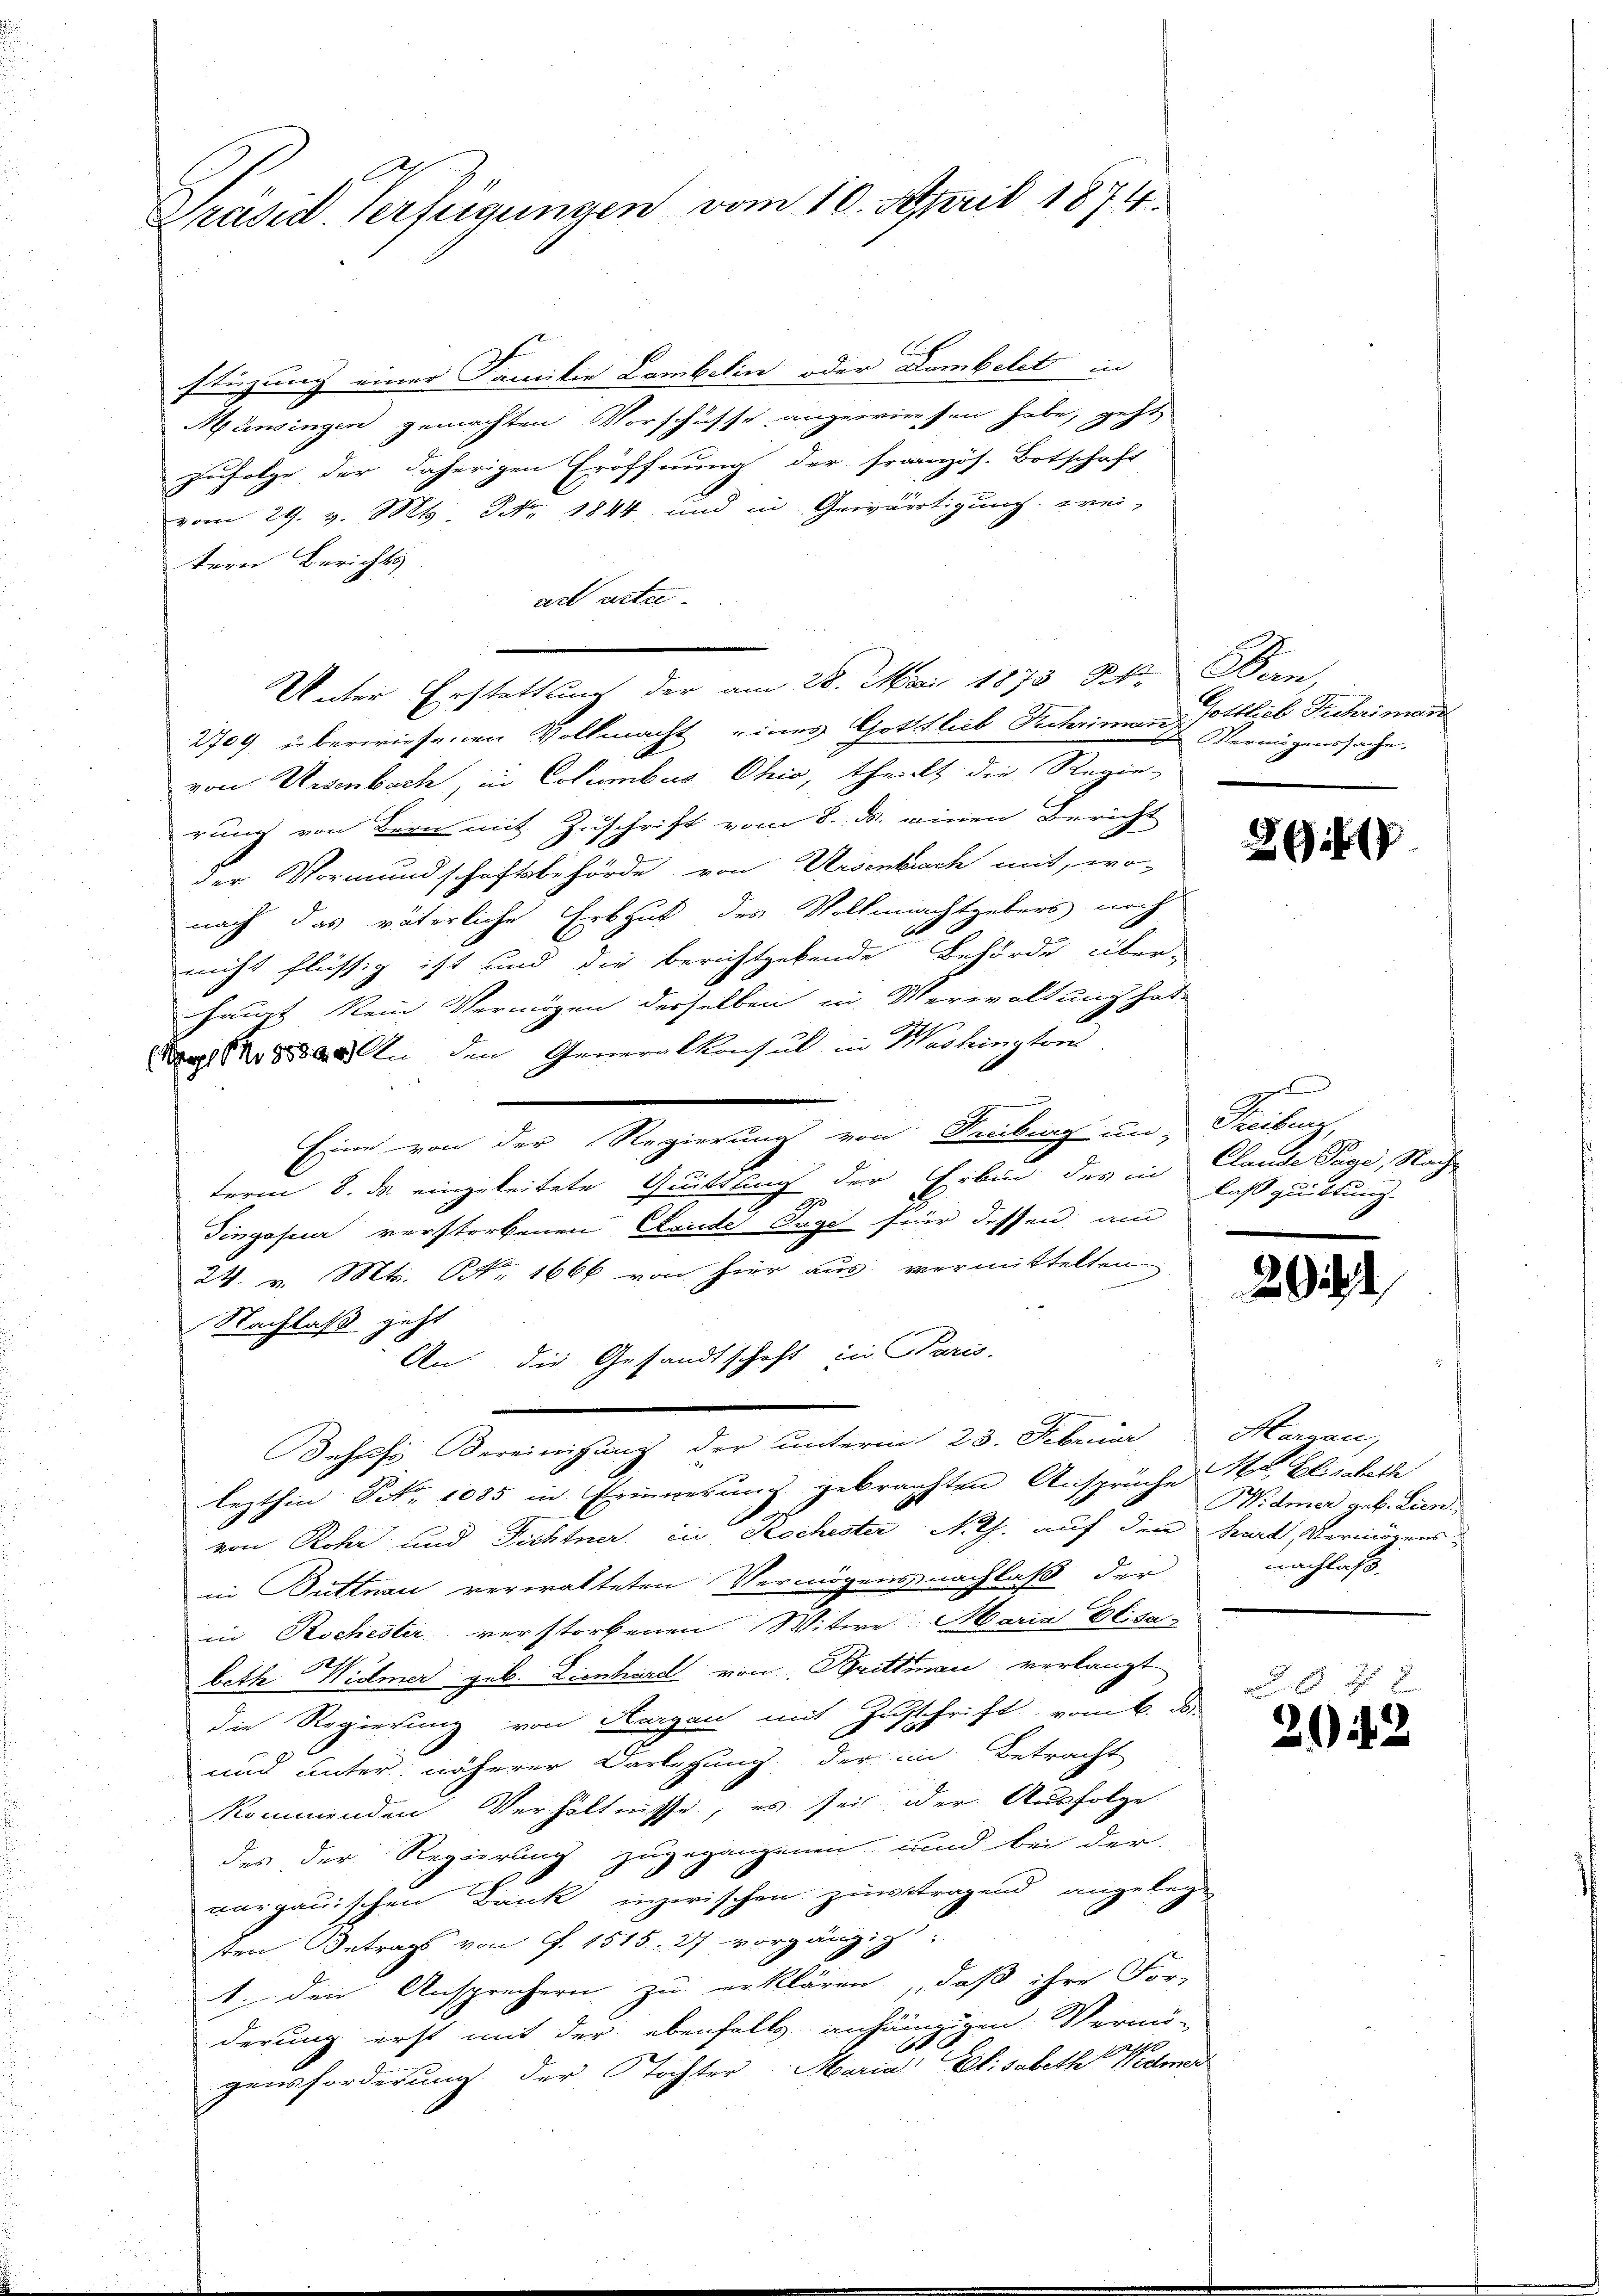
Präsid. Verfügungen vom 10. April 1874.

stüzung einer Familie Combelin oder Dombetet in
Münsingen gemachten Vorschüsse angewiesen habe, geht
zufolge der daherigen Eröffnung der französ. Botschaft
vom 29. v. M. M. 1844 und in Gewärtigung, wei-
tern Berichts
art urtei¬
Unter Erstattung der am 28. Mai 1873 St. Ban
2709 überwiesenen Vollmacht eines Gottlieb Scheinanz
von Uesenbach, in Columbus Ohio, theilt die Regie-
rung von Bern mit Zuschrift vom 8. ds. einen Bericht
der Vormundschaftsbehörde von Ursenkrach mit, wo-
nach das väterliche Erbgut des Vollmachtgebers noch
nicht flüssig ist und die berichtgebende Behörde über-
haupt kein Vermögen derselben in Verwaltung hat
Das No 8. An den Generalkonsul in Washington
s
Eine von der Regierung von Rauberg an, Freiburg,
term 8. ds. eingeleitete Quittung der Erbin des in Claude Tage, Nach-
9
Tingosua verstorbenen Claude Tage für dessen am
24. Mts. NNo. 1666 von hier aus vermittelten
Nachlaß geht
An die Gesandtschaft in Paris.
Josef Bereinigung der unterm 23. Februar Margau,
lezthin Frk. 1085 in Erinnerung gebrachten Ansprüche Mt Elisabethe
von Rohr und Dichtner in Kochester Noth. auf den Kart, Vermögensin Büttnau verwalteten Vermögensnachlaß der
in Rochester verstorbenen Witwe Maria Elisa-
h
beth Widmer geb. Lienhard von Brittman verlangt
die Regierung von Aargau mit Zuschrift vom 6. d.
und unter näherer Darlegung der im Betracht
kommenden Verhältnisse, es sei oder Ausfolge
des der Regierung zugegangenen und bei der
aargauischen Dank inzwischen zinsttragend angeleg
sten Betrag von P. 1515. 27 vorgängig:
1. den Ansprechern zu erklären, daß ihre For-
derung erst mit der ebenfalls anhängigen Vermö-
gensforderung der Tochter Maria Elisabeth Widmer

Gottlieb Paehrimann
Vermögenssache.

29

laß quittung.

2922

Widmer geb. Lien.
nachlaß.

x
2043